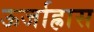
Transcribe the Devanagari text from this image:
ऊर्जाह्रास